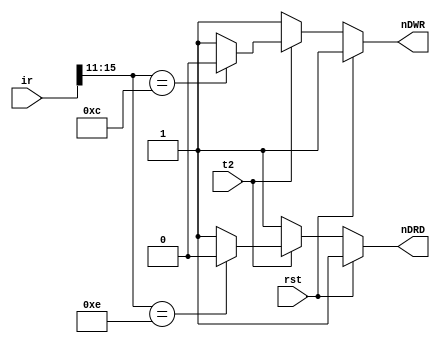
`timescale 1ns / 1ps
//////////////////////////////////////////////////////////////////////////////////
// Company: 
// Engineer: 
// 
// Design Name: 
// Module Name:    MR 
// Project Name: 
// Target Devices: 
// Tool versions: 
// Description: 
//
// Dependencies: 
//
// Revision: 
// Revision 0.01 - File Created
// Additional Comments: 
//
//////////////////////////////////////////////////////////////////////////////////
module MR(rst,t2,ir,nDRD,nDWR
    );
input rst,t2;
input [15:0] ir;
output nDRD,nDWR;
reg nDRD,nDWR;

always @(t2,rst,ir)
begin
	if(rst) begin
		nDRD<=1; nDWR<=1; end
	else if(t2) begin case(ir[15:11])
	5'b01100: begin nDRD<=1;nDWR<=0;end 
	5'b01110: begin nDRD<=0;nDWR<=1;end
	default: begin nDRD<=1;nDWR<=1; end
	endcase end
	else begin nDRD<=1;nDWR<=1; end
end
endmodule